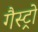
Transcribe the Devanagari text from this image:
गैस्‍ट्रो